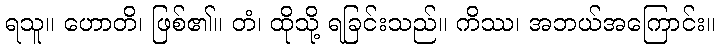
ရသူ။ ဟောတိ၊ ဖြစ်၏။ တံ၊ ထိုသို့ ရခြင်းသည်။ ကိဿ၊ အဘယ်အကြောင်း။